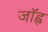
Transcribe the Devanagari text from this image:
जॉह्न